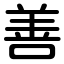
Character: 善